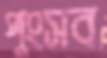
পুংসব